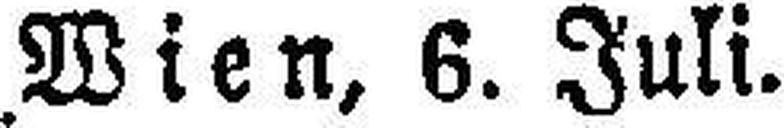
Wien, 6. Juli.